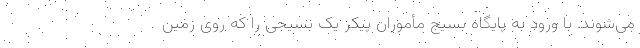
می‌شوند. با ورود به پایگاه بسیج مأموران پیکر یک بسیجی را که روی زمین